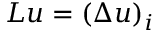
L u = ( \Delta u ) _ { i }